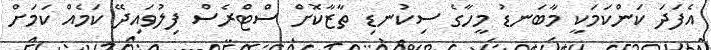
އެފަދަ ކަންކަމަކީ މާބަނޑު މީހާގެ ސިކުނޑި ތާޒާކޮށް ސްޓްރެސް ފިލުވައިދޭ ކަމެއް ކަމަށް